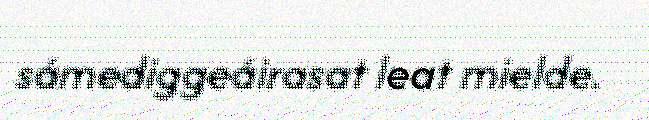
sámediggeáirasat leat mielde.